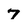
Character: 7